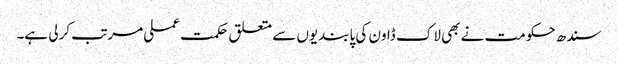
سندھ حکومت نے بھی لاک ڈاون کی پابندیوں سے متعلق حکمت عملی مرتب کرلی ہے۔